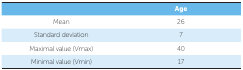
<table><thead><tr><td></td><td><b>Age</b></td></tr></thead><tbody><tr><td>Mean</td><td>26</td></tr><tr><td>Standard deviation</td><td>7</td></tr><tr><td>Maximal value (Vmax)</td><td>40</td></tr><tr><td>Minimal value (Vmin) </td><td>17</td></tr></tbody></table>